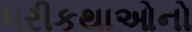
પરીકથાઓનો